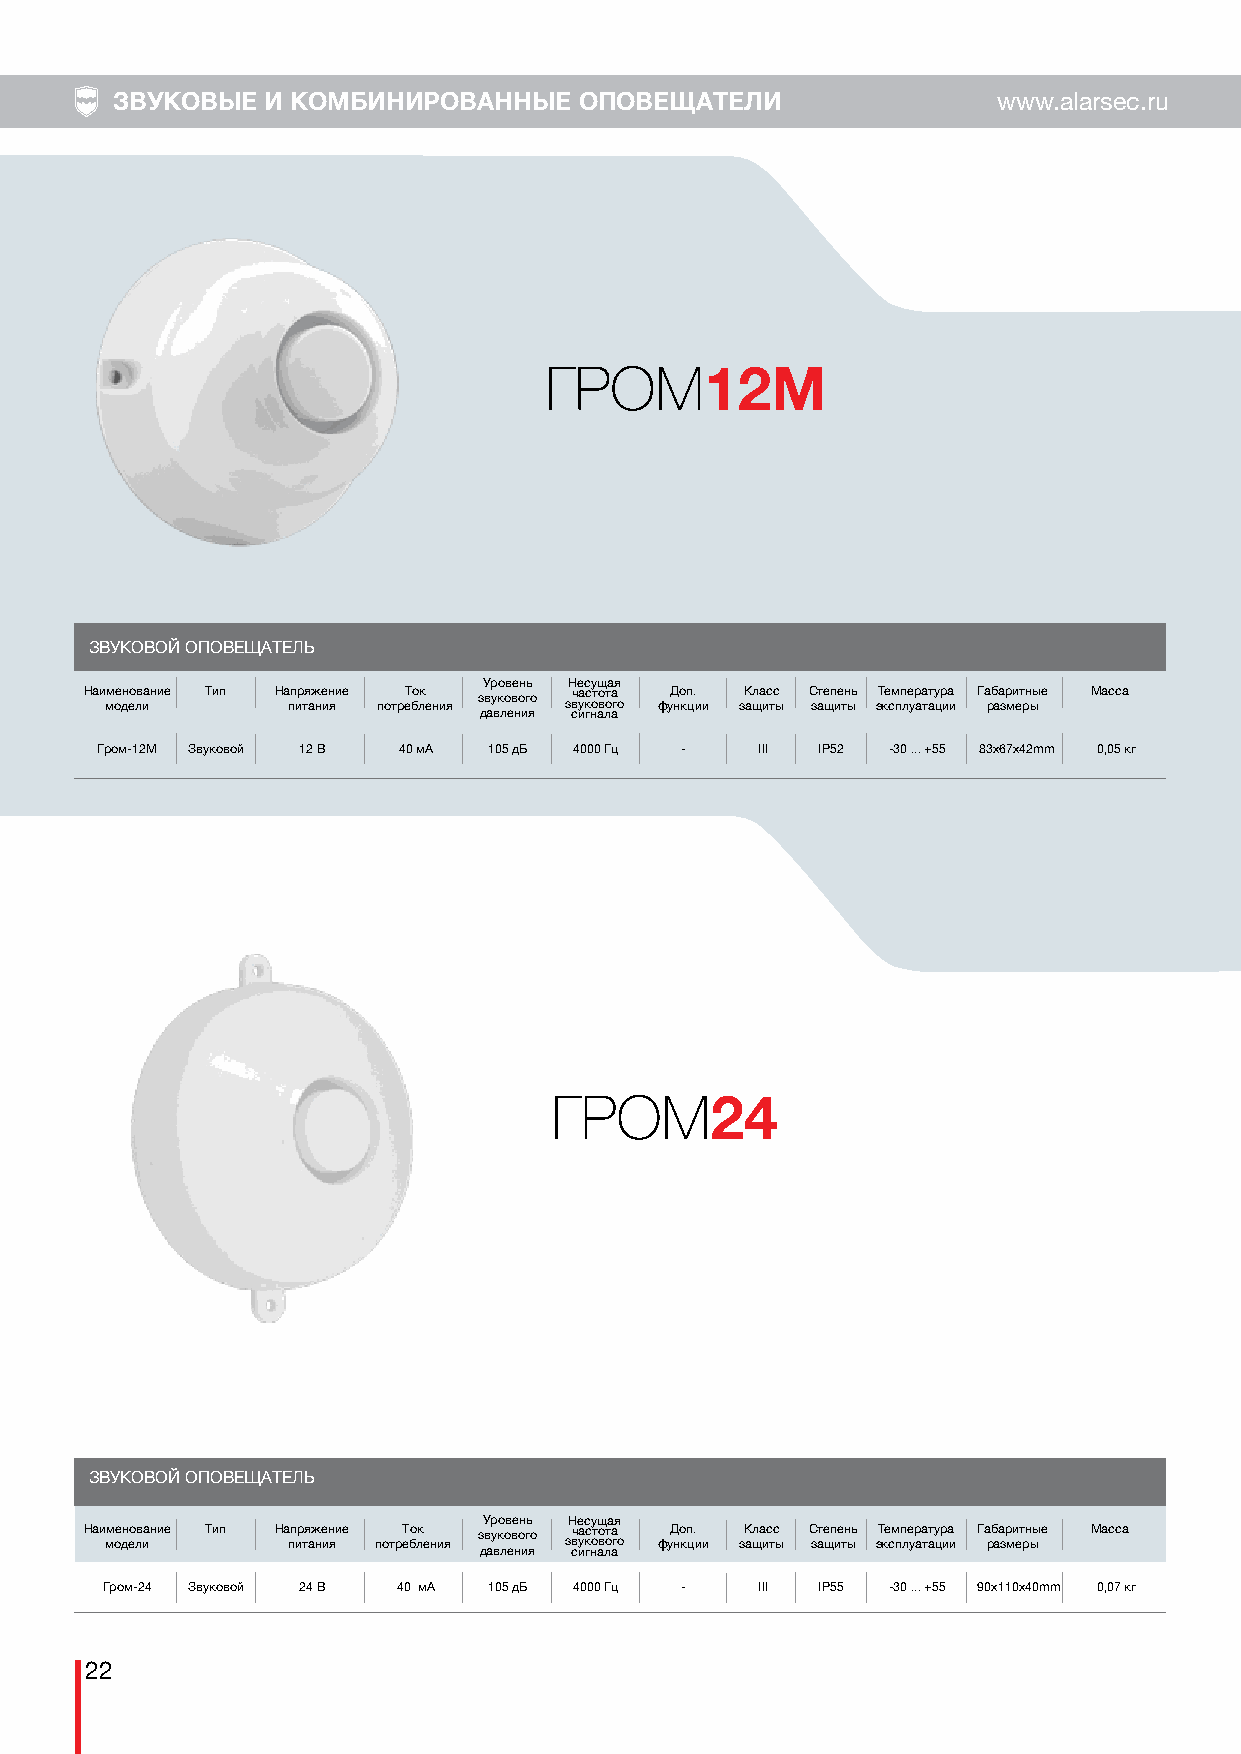
ЗВУКОВЫЕ  И КОМБИНИРОВАННЫЕ   ОПОВЕЩАТЕЛИ                 www.alarsec.ru
 ГРОМ
 12М
 ЗВУКОВОЙ ОПОВЕЩАТЕЛЬ
 Уровень Несущая
 Наи мм ое дн ео лв иание Тип На пп ир тя аж не ин яие потреТ бо лк ения звукового звч уа кс ото вота го фуД но кп ц. ии зК ащла ис тс ы С зате щп ие тн ыь эТ ке см пп ле ур аа тт ау цр иа и Га рб аа зр ми ет рн ыые Масса
 давления сигнала
 Гром-12М Звуковой 12 В 40 мА 105 дБ 4000 Гц - III IP52 -30 ... +55 83x67х42mm 0,05 кг
 ГРОМ
 24
 ЗВУКОВОЙ ОПОВЕЩАТЕЛЬ
 Уровень Несущая
 Наи мм ое дн ео лв иание Тип На пп ир тя аж не ин яие потреТ бо лк ения звукового звч уа кс ото вота го фуД но кп ц. ии зК ащла ис тс ы С зате щп ие тн ыь эТ ке см пп ле ур аа тт ау цр иа и Га рб аа зр ми ет рн ыые Масса
 давления сигнала
 Гром-24 Звуковой 24 В 40 мА 105 дБ 4000 Гц - III IP55 -30 ... +55 90х110х40mm 0,07 кг
 22